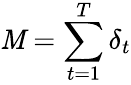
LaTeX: \mathit{M}=\sum_{t=1}^{T}\delta_{t}